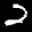
Label: 2